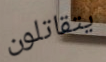
يتقاتلون